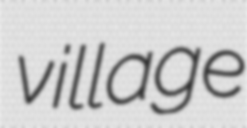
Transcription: village